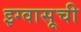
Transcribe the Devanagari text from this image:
इग्वासूची